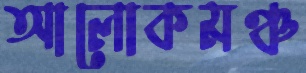
আলোকমঞ্চ